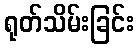
ရုတ်သိမ်းခြင်း